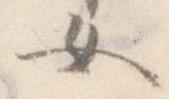
女